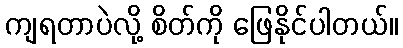
ကျရတာပဲလို့ စိတ်ကို ဖြေနိုင်ပါတယ်။